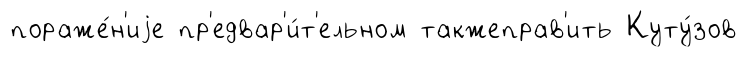
пораже́н'иjе пр'едвар'и́т'ельном такжеправ'ить Куту́зов